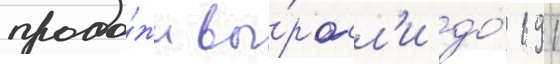
прода́жи вы́росл'и до́ 191